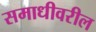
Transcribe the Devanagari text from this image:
समाधीवरील